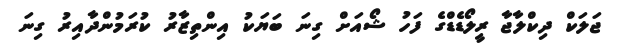
ޖަލަކް ދިކްލާޖާ ރީލޯޑެޑްގެ ފަހު ޝޯއަށް ގިނަ ބަޔަކު އިންތިޒާރު ކުރަމުންދާއިރު ގިނަ